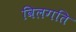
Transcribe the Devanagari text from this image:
विलगति